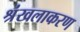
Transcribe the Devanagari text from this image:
श्रंखलाकरण